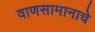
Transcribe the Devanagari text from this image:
वाणसामानाचे